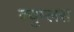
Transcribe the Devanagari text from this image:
क्युम्लस